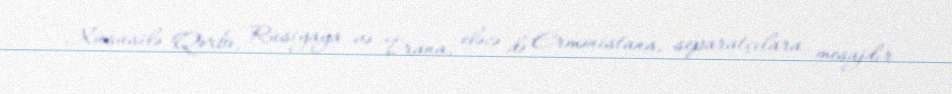
Xüsusilə Qərbə, Rusiyaya və İrana, eləcə də Ermənistana, separatçılara mesajdır